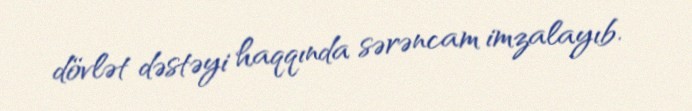
dövlət dəstəyi haqqında sərəncam imzalayıb.